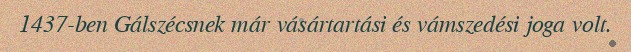
1437-ben Gálszécsnek már vásártartási és vámszedési joga volt.